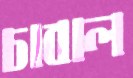
চাবাল